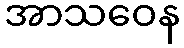
အာသဝေန